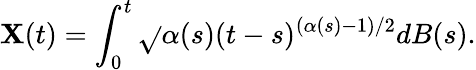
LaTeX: \mathbf{X}(t)=\int_{0}^{t}\sqrt{}{{\alpha(s)}}(t-s)^{(\alpha(s)-1)/2}dB(s).